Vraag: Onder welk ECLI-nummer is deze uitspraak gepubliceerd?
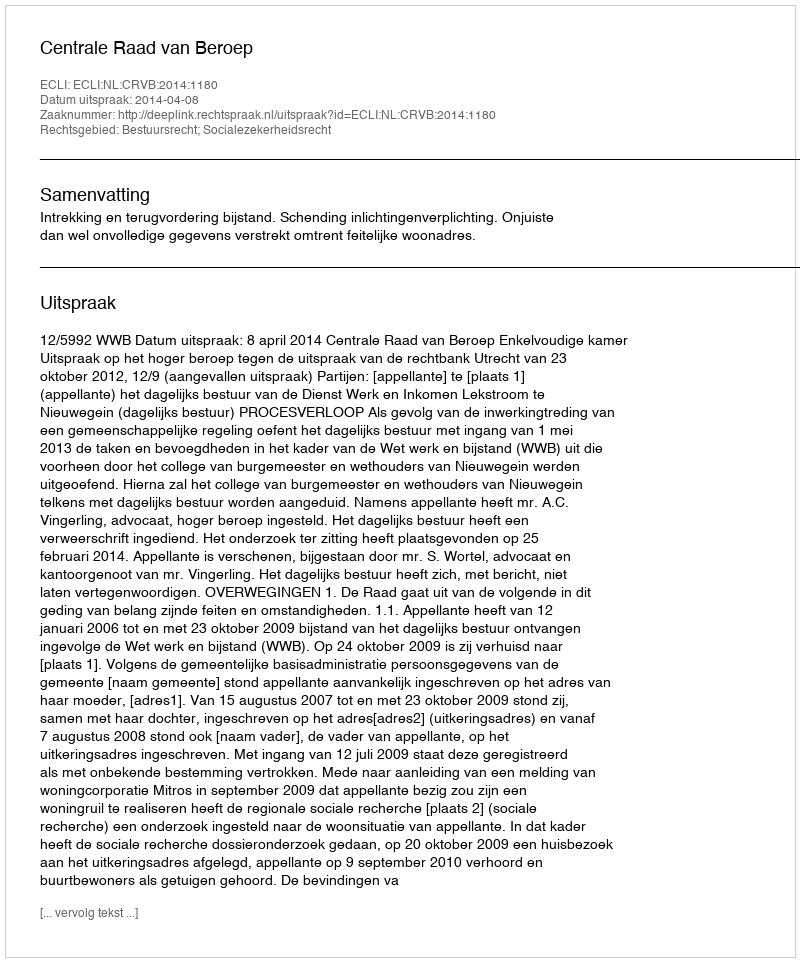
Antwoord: ECLI:NL:CRVB:2014:1180